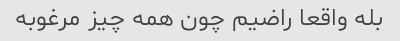
بله واقعا راضیم چون همه چیز مرغوبه